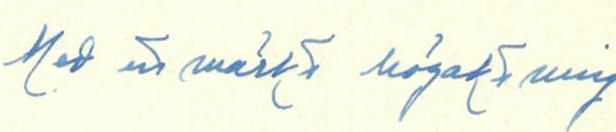
Med att märkt högaktning